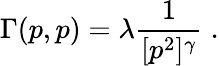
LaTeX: \Gamma(p,p)=\lambda\frac{1}{[p^{2}]^{\gamma}}\; .